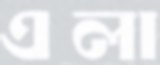
এলা